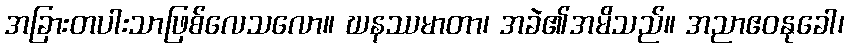
အခြားတပါးသာဖြစ်လေသလော။ ဃနဿမာတာ၊ အခဲ၏အမိသည်။ အညာဧဝနုခေါ၊